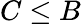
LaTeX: C\le B